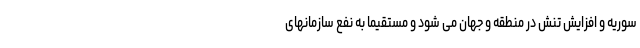
سوریه و افزایش تنش در منطقه و جهان می شود و مستقیماً به نفع سازمانهای